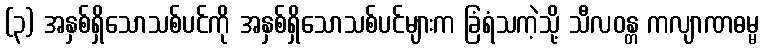
(၃) အနှစ်ရှိသောသစ်ပင်ကို အနှစ်ရှိသောသစ်ပင်များက ခြံရံသကဲ့သို့ သီလဝန္တ ကလျာဏဓမ္မ